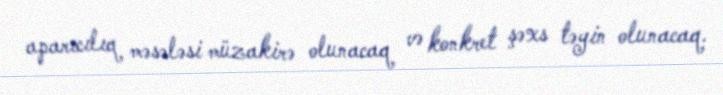
aparıcılıq məsələsi müzakirə olunacaq və konkret şəxs təyin olunacaq.